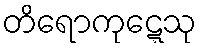
တိရောကုဋ္ဋေသု